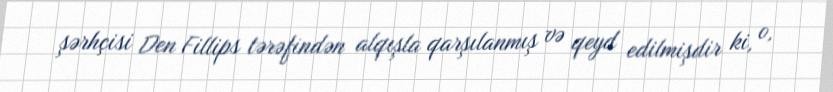
şərhçisi Den Fillips tərəfindən alqışla qarşılanmış və qeyd edilmişdir ki, o,